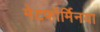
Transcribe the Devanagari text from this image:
मेटफॉर्मिनया